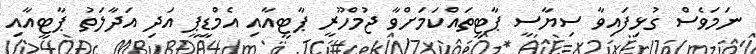
ނަމަވެސް ގުޅިފައިވާ ސިޔާސީ ޕާޓީތައްކަމަށްވާ ޖުމްހޫރީ ޕާޓީއާއި އެމްޑީޕީ އަދި އަދާލަތު ޕާޓީއާއި